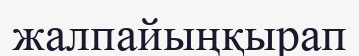
жалпайыңқырап